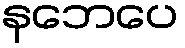
နဘေပေ